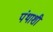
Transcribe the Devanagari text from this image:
पंथाशी